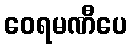
ဝေရမဏီပေ